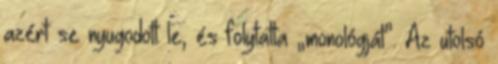
azért se nyugodott le, és folytatta „monológját”. Az utolsó